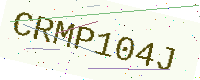
Text: CRMP104J